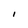
Character: l